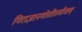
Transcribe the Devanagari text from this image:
गिराज्ञानगोतीतमीशम्